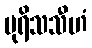
ပုရိသသီဟံ